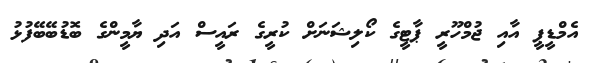
އެމްޑީޕީ އާއި ޖުމްހޫރީ ޕާޓީގެ ކޯލިޝަނަށް ކުރީގެ ރައީސް އަދި ޔާމީންގެ ބޮޑުބޭބޭފުޅު